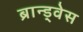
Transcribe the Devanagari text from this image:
ब्रान्ड्वेस